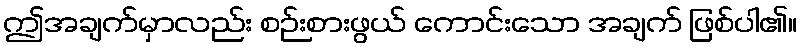
ဤအချက်မှာလည်း စဉ်းစားဖွယ် ကောင်းသော အချက် ဖြစ်ပါ၏။